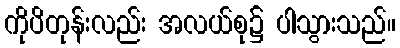
ကိုပိတုန်းလည်း အလယ်စု၌ ပါသွားသည်။